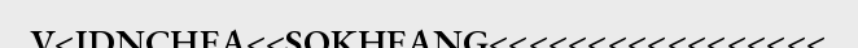
V<IDNCHEA<<SOKHEANG<<<<<<<<<<<<<<<<<